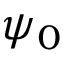
\psi _ { 0 }